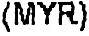
(MYR)